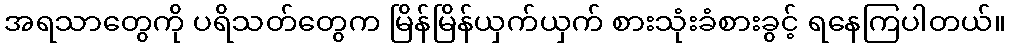
အရသာတွေကို ပရိသတ်တွေက မြိန်မြိန်ယှက်ယှက် စားသုံးခံစားခွင့် ရနေကြပါတယ်။